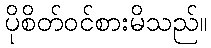
ပိုစိတ်ဝင်စားမိသည်။